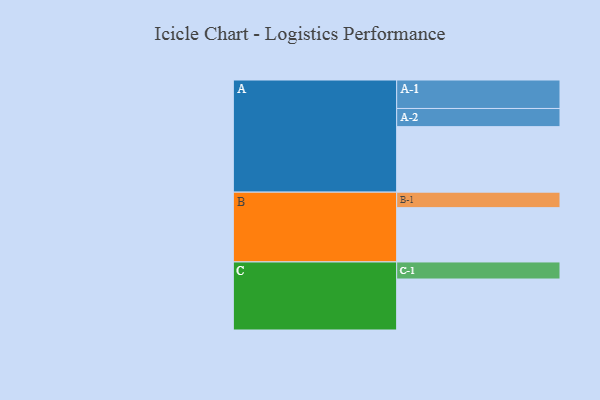
{"axis": {"x": "Segment", "y": "Value"}, "legend": ["", "A", "B", "C"], "data": [{"x": "A", "y": 591, "type": ""}, {"x": "B", "y": 490, "type": ""}, {"x": "C", "y": 460, "type": ""}, {"x": "A-1", "y": 257, "type": "A"}, {"x": "A-2", "y": 164, "type": "A"}, {"x": "B-1", "y": 140, "type": "B"}, {"x": "C-1", "y": 154, "type": "C"}]}